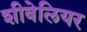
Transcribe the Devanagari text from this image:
शीवेलियर